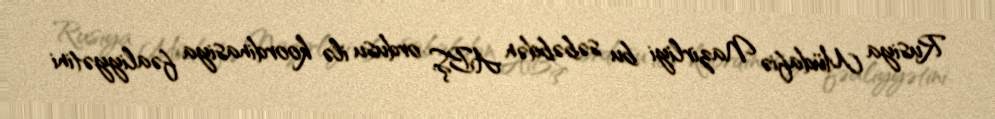
Rusiya Müdafiə Nazirliyi bu səbəbdən ABŞ ordusu ilə koordinasiya fəaliyyətini